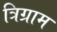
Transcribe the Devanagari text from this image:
त्रिग्राम